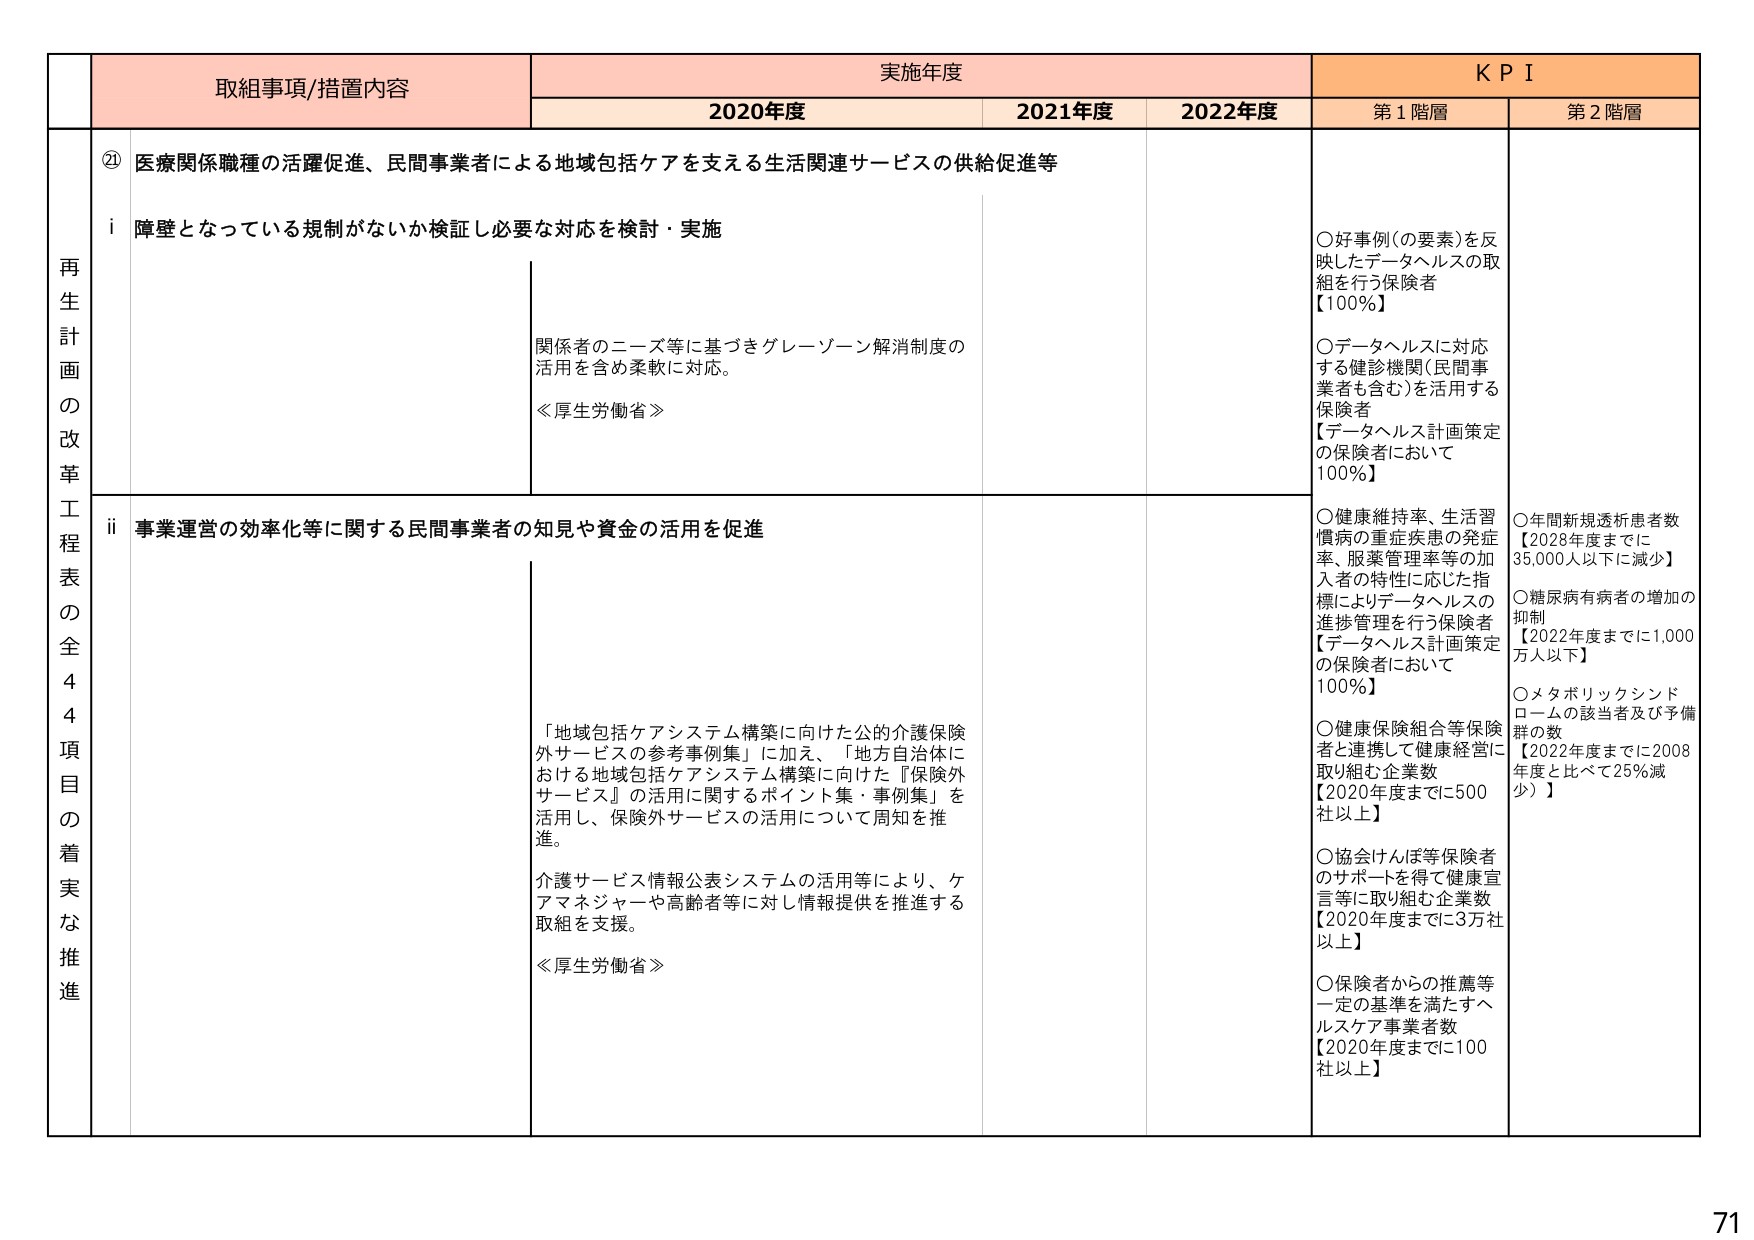
再⽣計画の改⾰⼯程表の全44項⽬の着実な推進

② 医療関係職種の活躍促進、⺠間事業者による地域包括ケアを⽀える⽣活関連サービスの供給促進等

i 障壁となっている規制がないか検証し必要な対応を検討・実施
関係者のニーズ等に基づきグレーゾーン解消制度の活⽤を含め柔軟に対応。
≪厚⽣労働省≫

ii 事業運営の効率化等に関する⺠間事業者の知⾒や資⾦の活⽤を促進
「地域包括ケアシステム構築に向けた公的介護保険外サービスの参考事例集」に加え、「地⽅⾃治体における地域包括ケアシステム構築に向けた『保険外サービス』の活⽤に関するポイント集・事例集」を活⽤し、保険外サービスの活⽤について周知を推進。
介護サービス情報公表システムの活⽤等により、ケアマネジャーや⾼齢者等に対し情報提供を推進する取組を⽀援。
≪厚⽣労働省≫

実施年度
2020年度
2021年度
2022年度

KPI
第1階層
○好事例(の要素)を反映したデータヘルスの取組を⾏う保険者【100%】
○データヘルスに対応する健診機関(⺠間事業者も含む)を活⽤する保険者【データヘルス計画策定の保険者において100%】
○健康維持率、⽣活習慣病の重症疾患の発症率、服薬管理率等の加⼊者の特性に応じた指標によりデータヘルスの進捗管理を⾏う保険者【データヘルス計画策定の保険者において100%】
○健康保険組合等保険者と連携して健康経営に取り組む企業数【2020年度までに500社以上】
○協会けんぽ等保険者のサポートを得て健康宣⾔等に取り組む企業数【2020年度までに3万社以上】
○保険者からの推薦等⼀定の基準を満たすヘルスケア事業者数【2020年度までに100社以上】

第2階層
○年間新規透析患者数【2028年度までに35,000⼈以下に減少】
○糖尿病有病者の増加の抑制【2022年度までに1,000万⼈以下】
○メタボリックシンドロームの該当者及び予備群の数【2022年度までに2008年度と⽐べて25%減少】

71